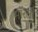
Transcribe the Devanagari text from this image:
मॉरली